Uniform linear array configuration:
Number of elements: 24
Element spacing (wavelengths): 0.75
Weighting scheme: exponential
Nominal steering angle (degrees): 15
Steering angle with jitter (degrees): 15.726
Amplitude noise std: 0.05
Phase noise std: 0.05

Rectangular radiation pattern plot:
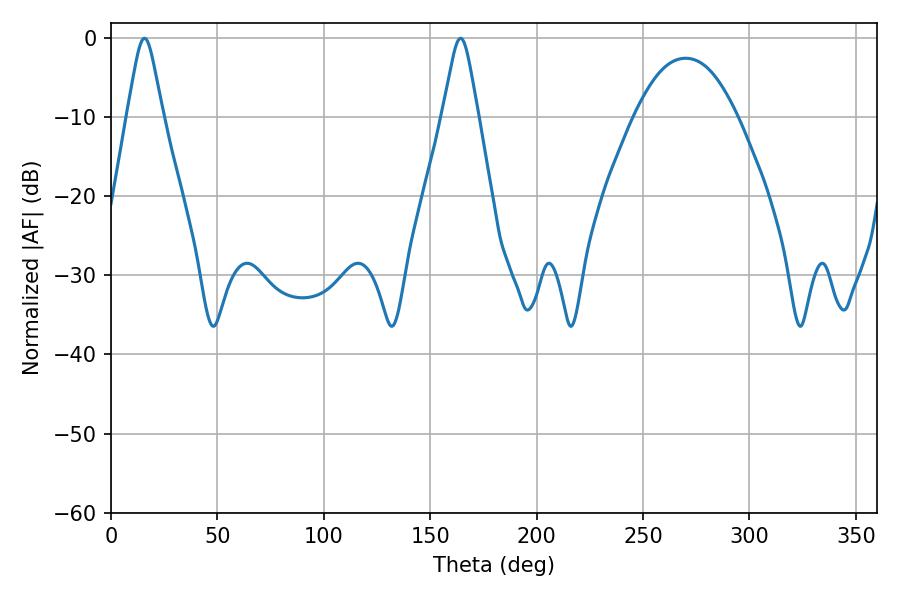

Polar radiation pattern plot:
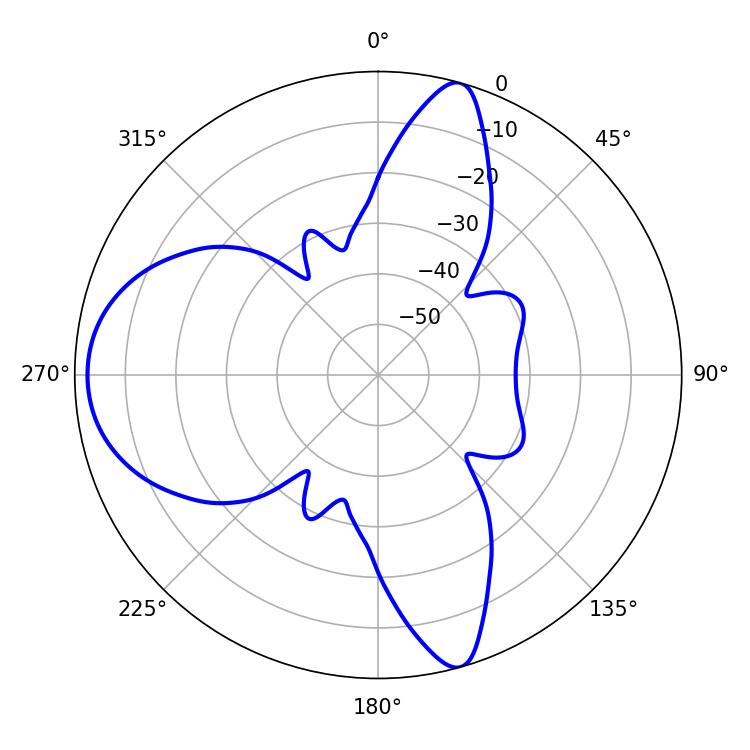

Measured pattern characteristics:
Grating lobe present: TRUE
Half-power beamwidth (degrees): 8.1
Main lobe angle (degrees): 15.66